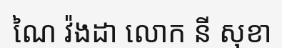
ណៃ វ៉ងដា លោក នី សុខា